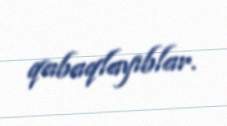
qabaqlayıblar.